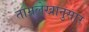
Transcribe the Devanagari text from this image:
ताम्रलेखानुसार